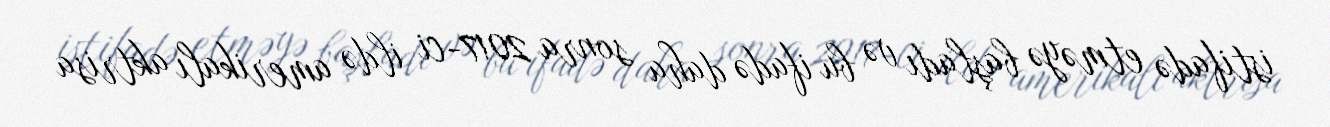
istifadə etməyə başladı və bu ifadə daha sonra 2017-ci ildə amerikalı aktrisa